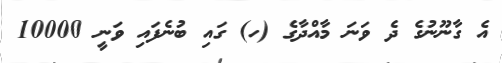
އެ ގާނޫނުގެ ދެ ވަނަ މާއްދާގެ (ހ) ގައި ބުނެފައި ވަނީ 10000